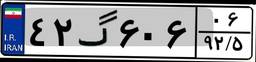
۴۲گ۶۰۶۰۶